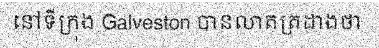
នៅទីក្រុង Galveston បានលាតត្រដាងថា